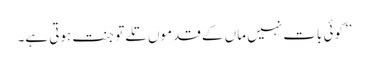
’’کوئی بات نہیں ماں کے قدموں تلے تو جنت ہوتی ہے۔